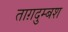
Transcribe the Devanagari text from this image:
ताग़दुम्बश